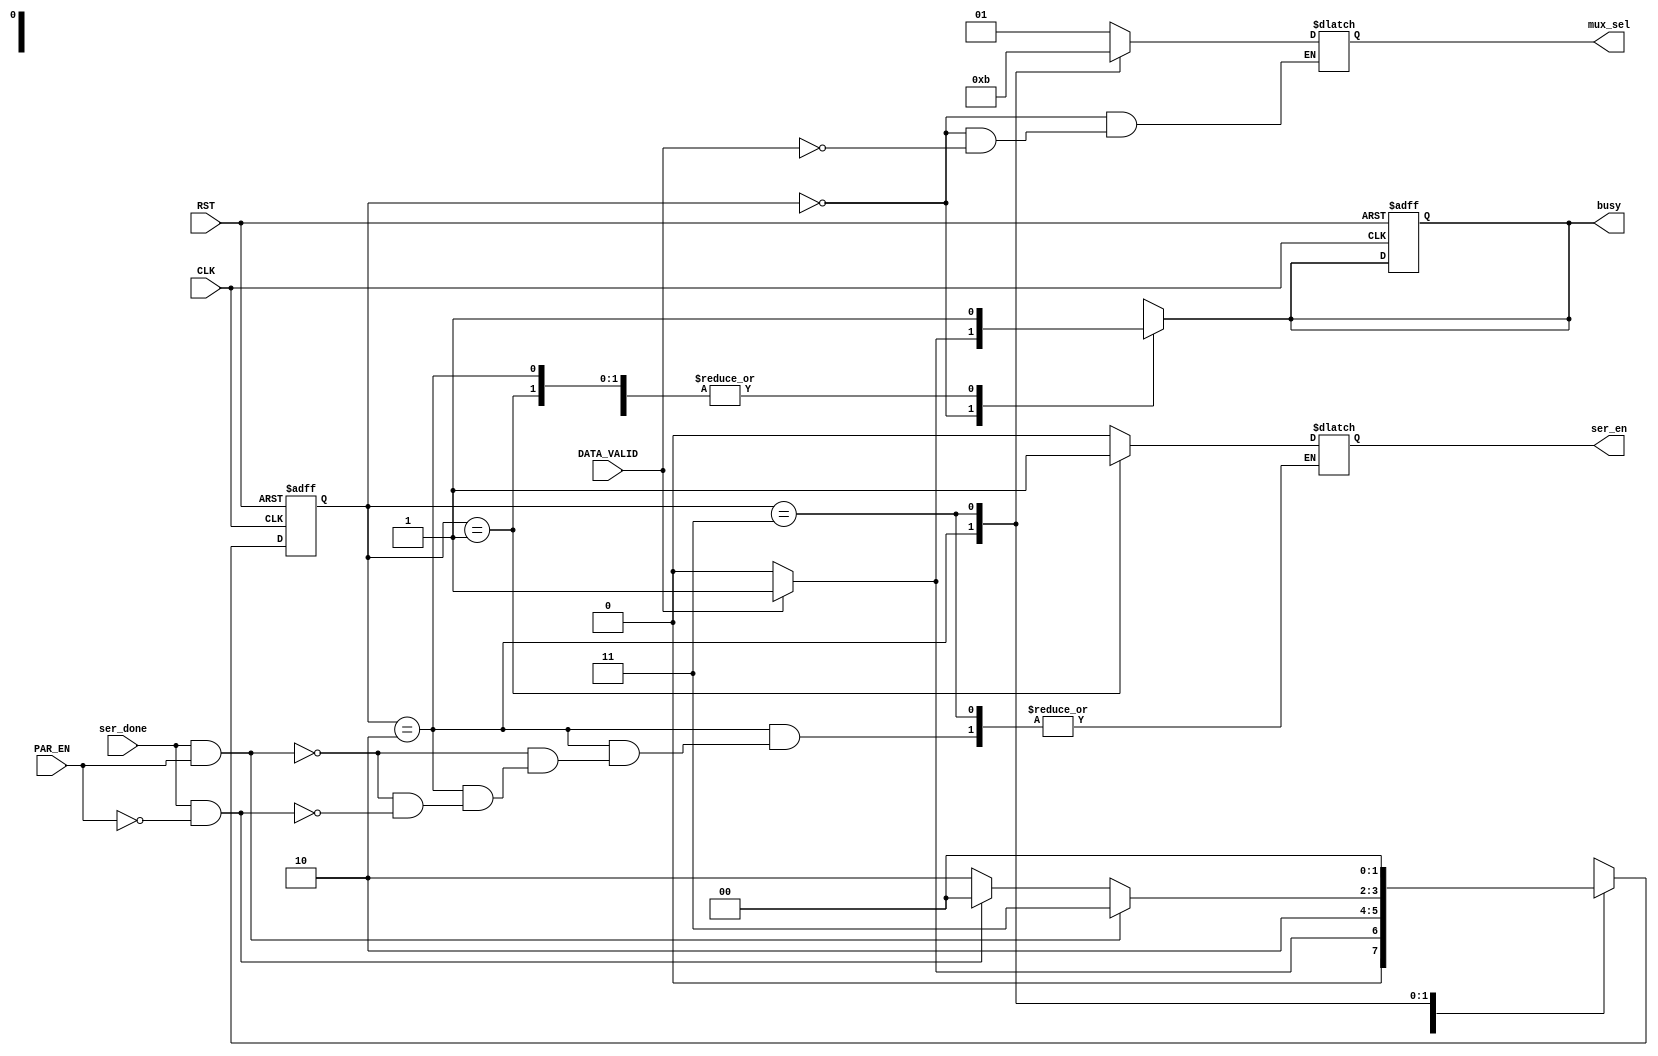
module UART_FSM 
(
    input               CLK, RST,
    input               DATA_VALID, PAR_EN,
    input               ser_done,
    output  reg [1:0]   mux_sel, 
    output  reg         busy, ser_en
);
reg     [1:0]   current_state, next_state;

parameter idle = 3'b000;
parameter start = 3'b001  , ser = 3'b010 , parity = 3'b011 , stop = 3'b100;

/////////////// FSM Module
always @(posedge CLK, negedge RST) begin // FSM Sequential logic
    if (!RST) begin
        current_state <= idle;
        busy <= 1'b0;                   // low during idle
    end
    else current_state <= next_state;
 end


always @(*)      // FSM function,  we have 5 states: idle , processing , start stop parity
 begin
    case (current_state)
        idle: begin
            busy = 1'b0;
            ser_en = 1'b0;
            //ser_done= 0;
            //&& (!ser_done) | stp_flag
            if (DATA_VALID  )    // a flag indicating stop is done
             begin
              busy = 1'b1;                       // busy high during transmission
              mux_sel = start;
              next_state = start;
             end
            else next_state = idle;
        end 

        start: begin
            busy = 1'b1;                       // busy high during transmission
            mux_sel = start;
            next_state = ser;
            ser_en = 1'b1;
        end

        ser: begin
            busy = 1'b1;                       // busy high during transmission
            mux_sel = ser;
            if (ser_done && PAR_EN) begin
                ser_en = 1'b0;
                next_state = parity;
             end
            else if (ser_done && !(PAR_EN)) begin
                ser_en = 1'b0;
                next_state = stop;
             end
            else next_state = ser;    
        end
        
        parity: begin
            busy = 1'b1;                       // busy high during transmission
            mux_sel = parity;
            next_state = stop;
        end

        stop: begin
            busy = 1'b1;                       // busy high during transmission
            mux_sel = stop;
            if (DATA_VALID) begin
                next_state = start ;   // check this line ASAP
            end
            else next_state = idle ;   // check this line ASAP
        end

        default: next_state = idle ;
    endcase
    
 end


endmodule